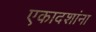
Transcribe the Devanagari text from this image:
एकादशांना